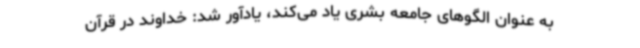
به عنوان الگوهای جامعه بشری یاد می‌کند، یادآور شد: خداوند در قرآن